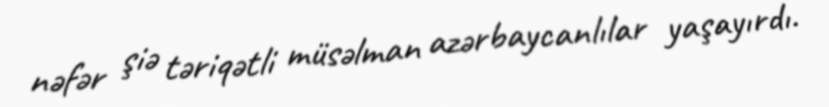
nəfər şiə təriqətli müsəlman azərbaycanlılar yaşayırdı.